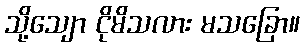
သို့သျော ငိုမိသလား မသခြော။